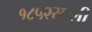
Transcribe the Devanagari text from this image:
१८५२साली